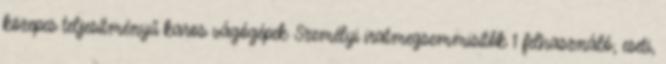
közepes teljesítményű karos vágógépek Személyi iratmegsemmisítők 1 felhasználó; eseti,